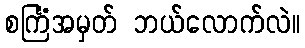
စင်္ကြံအမှတ် ဘယ်လောက်လဲ။